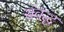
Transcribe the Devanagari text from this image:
संवद्ध